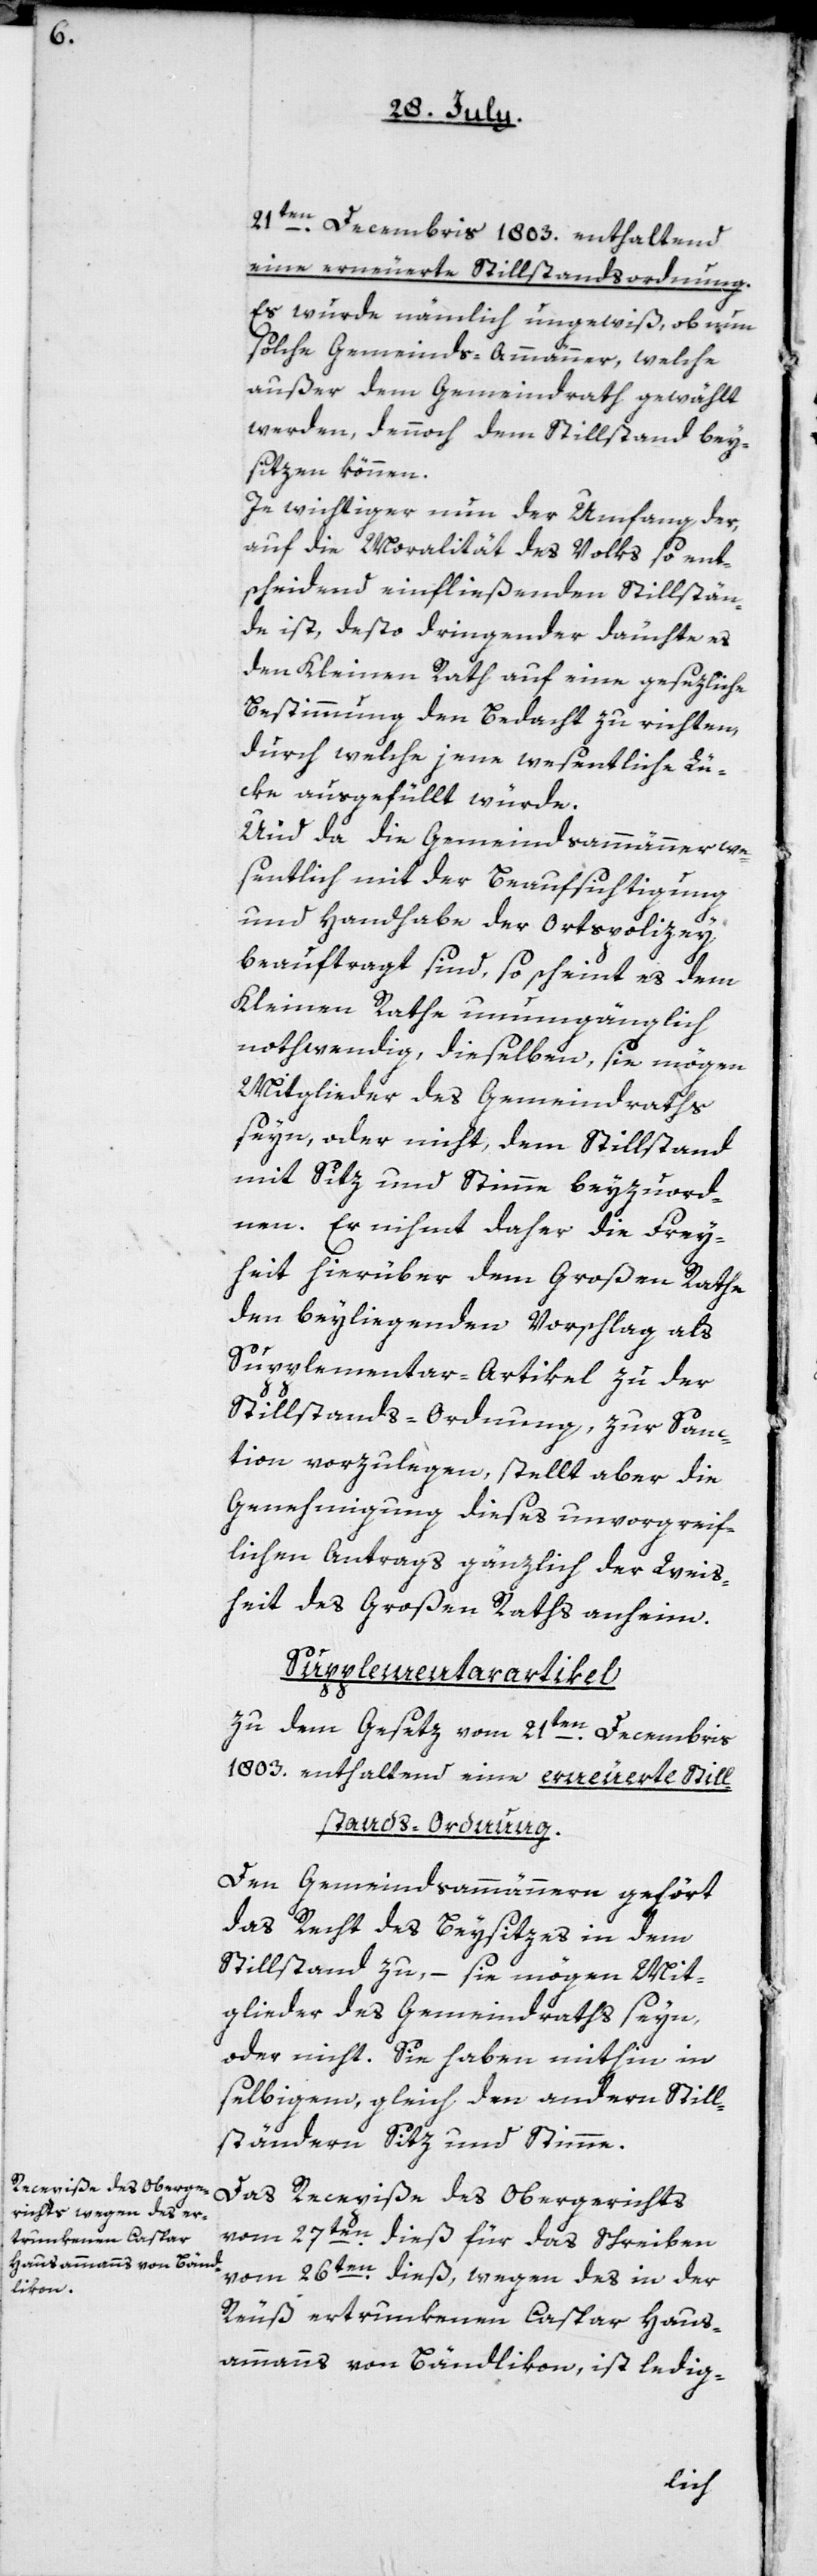
21ten Decembris 1803, enthaltend
eine erneuerte Stillstandsordnung.
Es wurde nämmlich ungewiß, ob nun
solche Gemeinds-Ammänner, welche
außer dem Gemeindrath gewählt
werden, dennoch dem Stillstand bey¬
sitzen können.
Je wichtiger nun der Umgang der,
auf die Moralität des Volks so ent¬
scheidend einfließenden Stillstän¬
de ist, desto dringender däuchte es
den Kleinen Rath auf eine gesezliche
Bestimmung den Bedacht zu richten,
durch welche jene wesentliche Lü¬
ke ausgefüllt würde.
Und da die Gemeindsammänner we¬
sentlich mit der Beaufsichtigung
und Handhabe der Ortspolizey
beauftragt sind, so scheint es dem
Kleinen Rathe unumgänglich
nothwendig, dieselben, sie mögen
Mitglieder des Gemeindraths
sein oder nicht, dem Stillstand
mit Sitz und Stimme beyzuord¬
nen. Er nihmt daher die Frey¬
heit, hierüber dem Großen Rathe
den beyliegenden Vorschlag als
Supplementar-Artikel zu der
Stillstands-Ordnung, zur San¬
ction vorzulegen, stellt aber die
Genehmigung dieses unvorgreif¬
lichen Antrags gänzlich der Weis¬
heit des Großen Raths anheim.
Supplementarartikel
zu dem Gesetz vom 21ten Decembris
1803, enthaltend eine erneuerte Still¬
stands-Ordnung.
Den Gemeindsammännern gehört
das Recht des Beysitzes in dem
Stillstand zu, – sie mögen Mit¬
glieder des Gemeindraths seyn,
oder nicht. Sie haben mithin in
selbigem, gleich den andern Still¬
ständern Sitz und Stimme.
Das Recepiße des Obergerichts
vom 27ten dieß für das Schreiben
vom 26ten dieß, wegen des in der
Reuß ertrunkenen Caspar Haus¬
ammanns von Bändlikon, ist ledig-